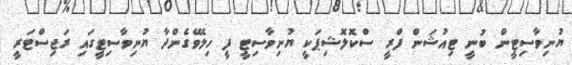
ޔުނިވާސިޓީން ބުނީ ޓިއުޝަން ފްރީ ސްކޮލޮޝިޕަކީ ޔުނިވާސިޓީ ފީ ހިލޭވެގެންދާ ޔުނިވާސިޓީގައި ރަޖިސްޓަރީ